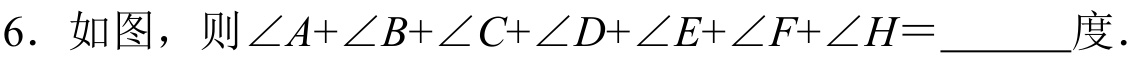
6. 如图，则\(\angle A+\angle B+\angle C+\angle D+\angle E+\angle F+\angle H=\underline{\quad\quad}\)度.